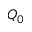
Q _ { 0 }